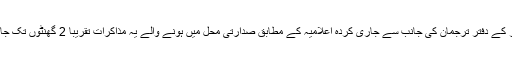
ایوان صدر کے دفترِ ترجمان کی جانب سے جاری کردہ اعلامیہ کے مطابق صدارتی محل میں ہونے والے یہ مذاکرات تقریباً 2 گھنٹوں تک جاری رہے۔